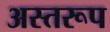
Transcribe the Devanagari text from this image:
अस्तरूप